Vaccination in Burma 1889-1999 - 1889-1999
Year: 1889
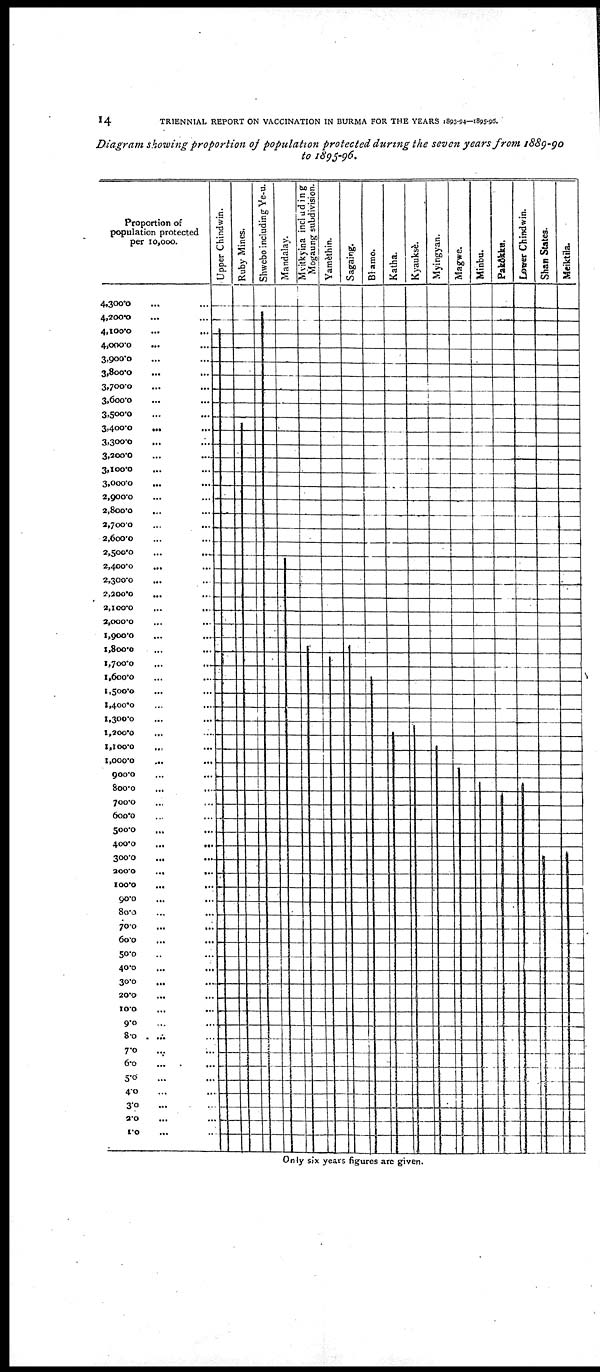
14
TRIENNIAL REPORT ON VACCINATION IN BURMA FOR THE YEARS 1893-94— 1895-96.
Diagram showing proportion of population protected during the seven years from 1889-90
to 1895-96.